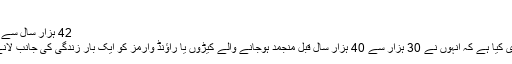
صرف یونان میں …
42 ہزار سال سے منجمد کیڑے پھر زندہ ہوگئے
اسلام آباد: سائنسدانوں نے دعویٰ کیا ہے کہ انہوں نے 30 ہزار سے 40 ہزار سال قبل منجمد ہوجانے والے کیڑوں یا راﺅنڈ وارمز کو ایک بار زندگی کی جانب لانے میں کامیابی حاصل کی ہے۔